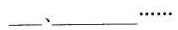
\underline、\underline……